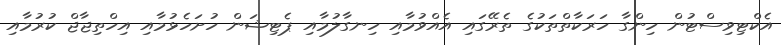
އެކްޓިވިސްޓުން ހިންގާ ހަރަކާތްތަކުގެ ތެރޭގައި އެއްވުމާއި ހިނގާލުމާއި ޕެޓިޝަން ހުށަހެޅުމާއި އިހްތިޖާޖް ކުރުމާއި